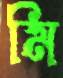
মি